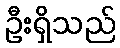
ဦးရှိသည်